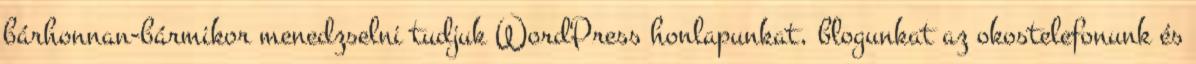
bárhonnan-bármikor menedzselni tudjuk WordPress honlapunkat, blogunkat az okostelefonunk és